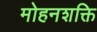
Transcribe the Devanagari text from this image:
मोहनशक्ति